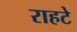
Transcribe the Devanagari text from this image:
राहटे